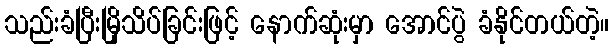
သည်းခံပြီးမြိုသိပ်ခြင်းဖြင့် နောက်ဆုံးမှာ အောင်ပွဲ ခံနိုင်တယ်တဲ့။